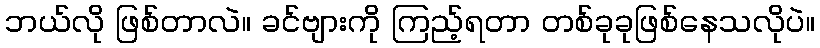
ဘယ်လို ဖြစ်တာလဲ။ ခင်ဗျားကို ကြည့်ရတာ တစ်ခုခုဖြစ်နေသလိုပဲ။